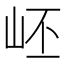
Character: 岯